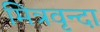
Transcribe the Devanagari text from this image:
मित्रवृन्दा